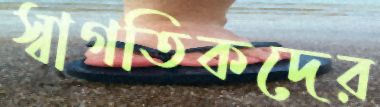
স্বাগতিকদের